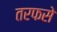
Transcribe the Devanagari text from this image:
तरफसे